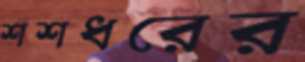
শশধরের